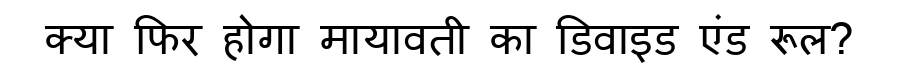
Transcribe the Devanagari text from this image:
क्या फिर होगा मायावती का डिवाइड एंड रूल?